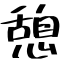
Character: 憩